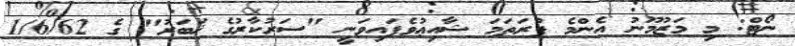
ނޯޓް: މި މަޒުމޫނު އެންމެ ފުރަތަމަ ޝާއިޢުވެފައިވަނީ "ސަރުކާރުގެ ޚަބަރު" ގެ 1/6/62